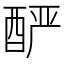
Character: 酽